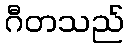
ဂီတသည်